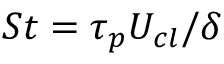
S t = \tau _ { p } U _ { c l } / \delta